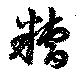
糟